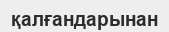
қалғандарынан